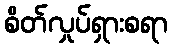
စိတ်လှုပ်ရှားစရာ